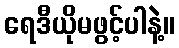
ရေဒီယိုမဖွင့်ပါနဲ့။